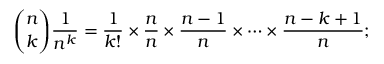
{ \binom { n } { k } } { \frac { 1 } { n ^ { k } } } = { \frac { 1 } { k ! } } \times { \frac { n } { n } } \times { \frac { n - 1 } { n } } \times \cdots \times { \frac { n - k + 1 } { n } } ;